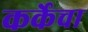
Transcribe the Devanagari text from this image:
कर्केचा